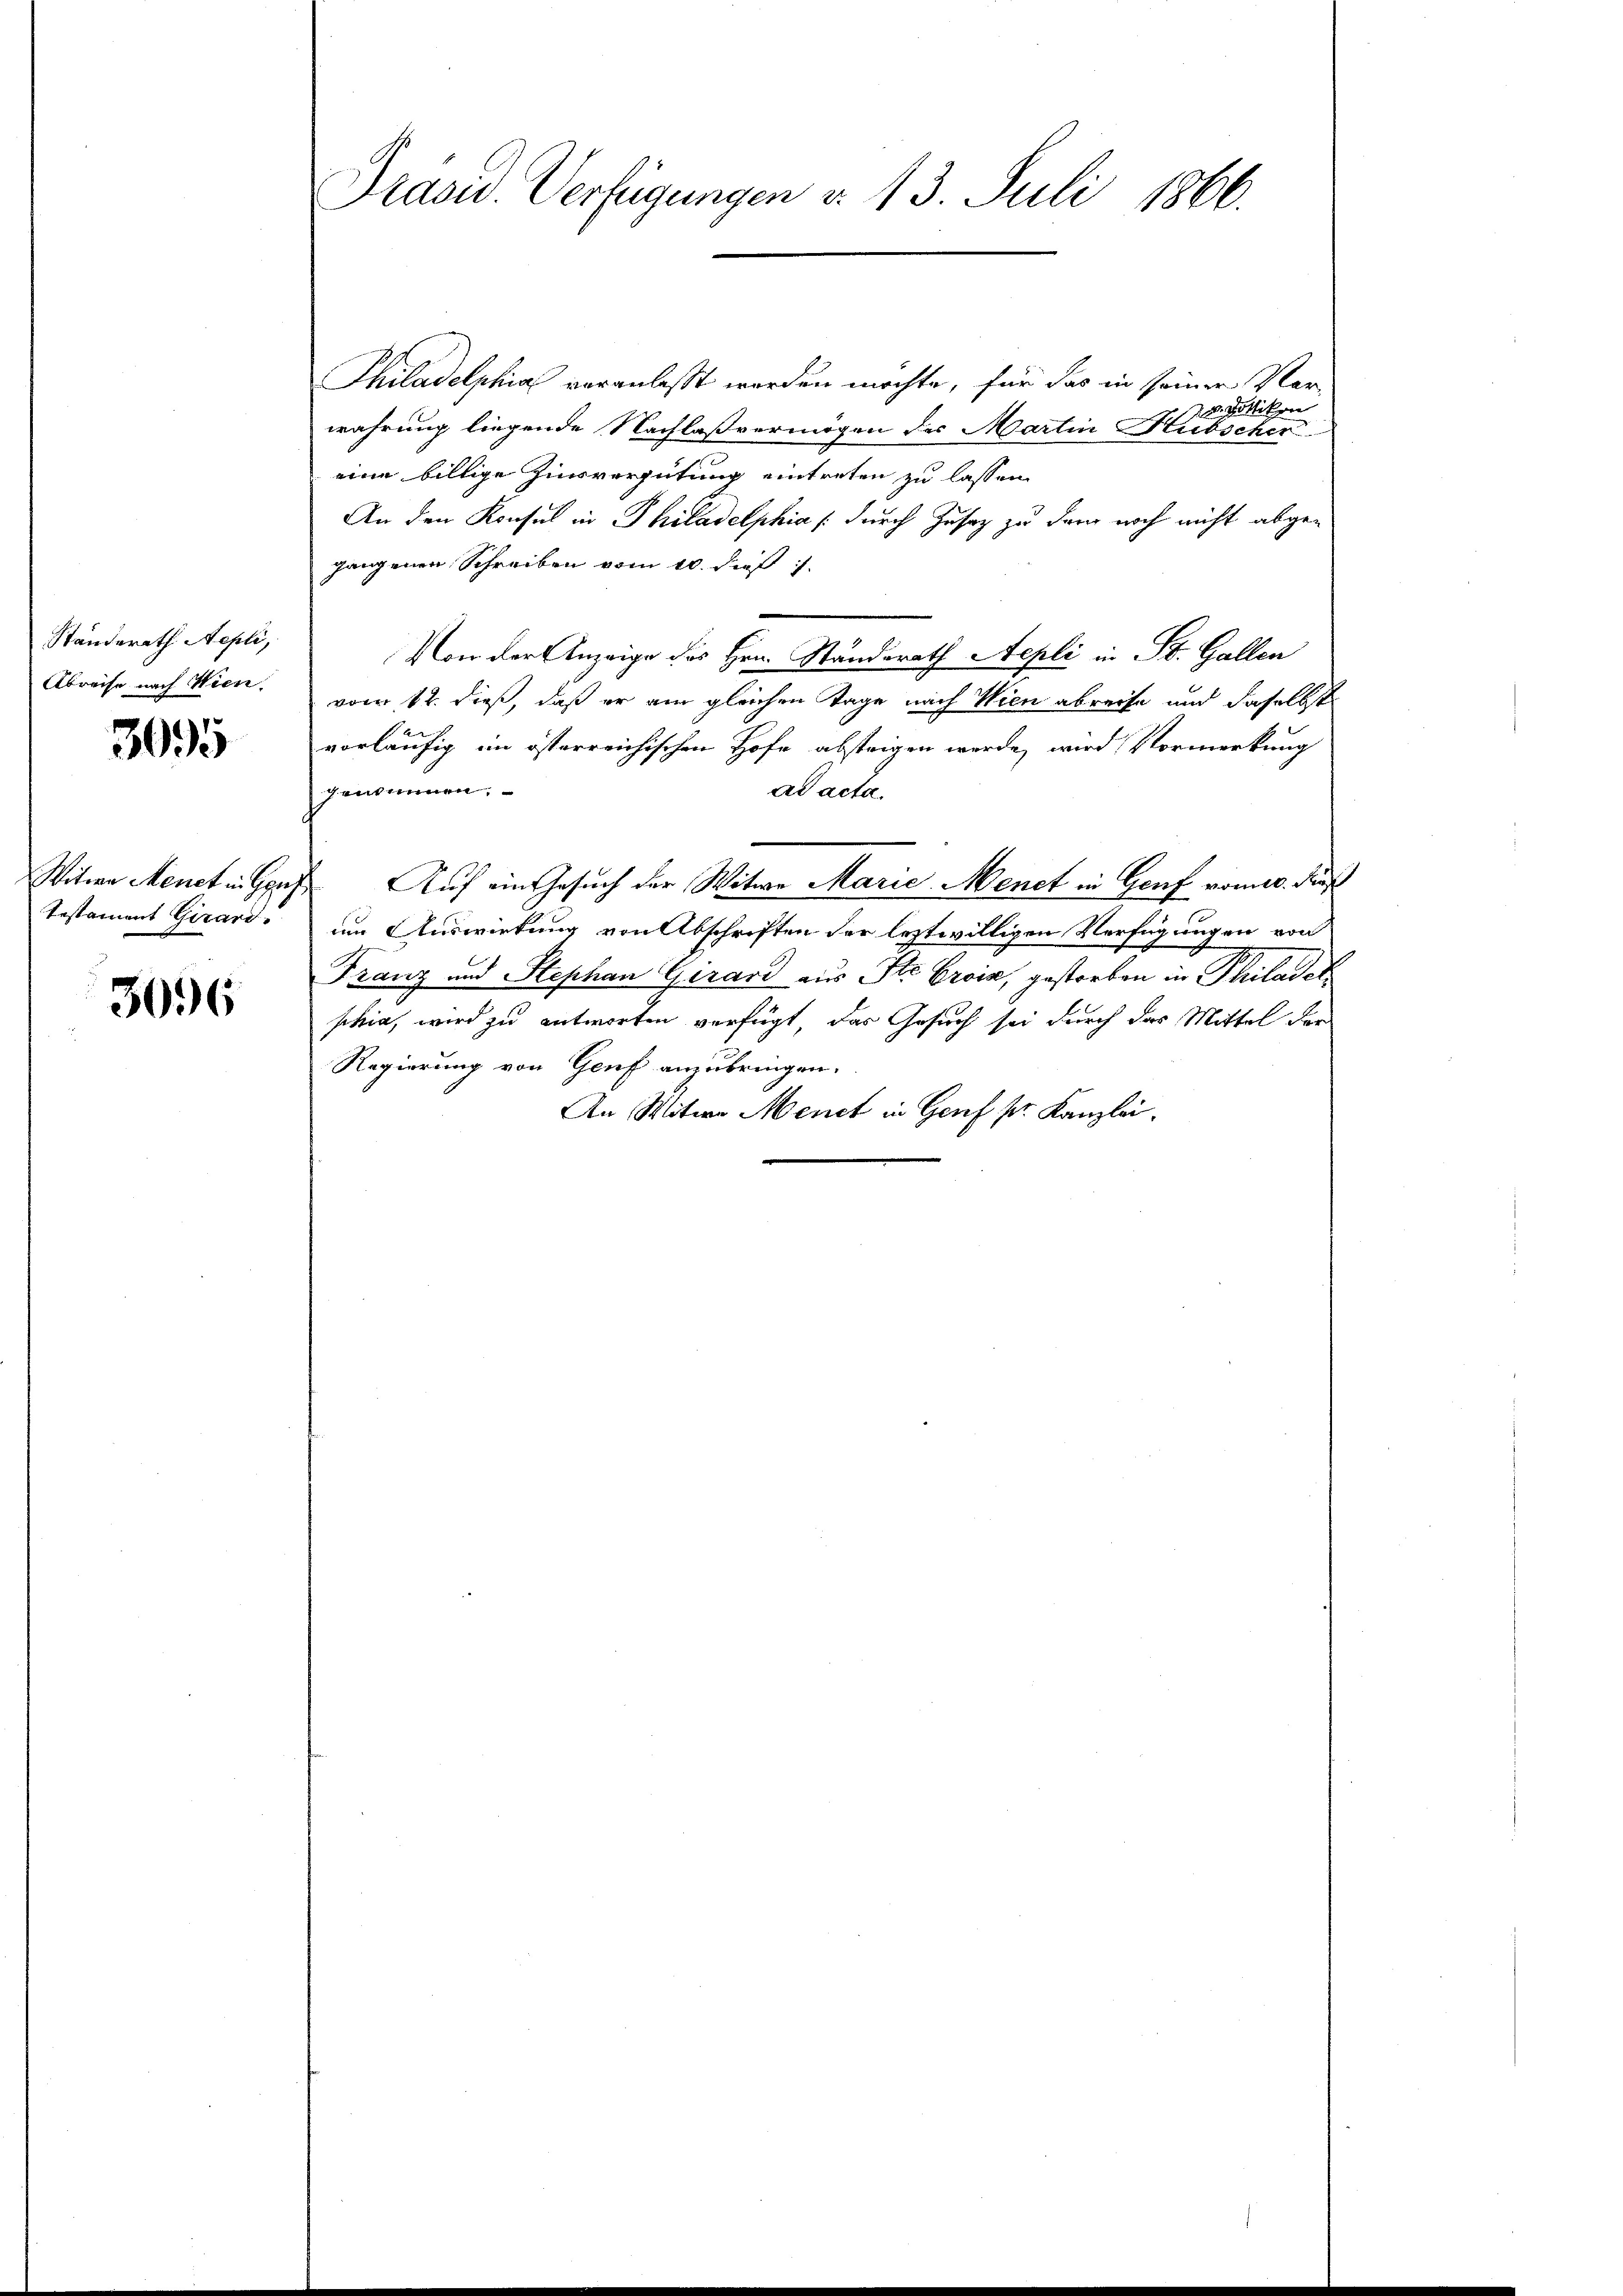
Ständerath Aepli,
Abreise nach Wien.

3095

Testament Girard.

3096

Philadelphia veranlaßt worden möchte, für das in seiner Ver¬
8. Pottikon
wahrung liegende Nachlaßvermögen der Martin Hubscher
eine billige Zinsvergütung eintreten zu lassen
An den Konsul in Philadelphia (durch Zusaz zu dem noch nicht abge-
gangenen Schreiben vom 10. dieß
Von der Anzeige des Hrn. Standerath Aepli in St. Gallen
vom 12. dieß, daß er am gleichen Tage nach Wien abreife und daselbst
vorläufig im österreichischen Hofe absteigen werde, wird Vormerkung
gentunnen,
ad acta.
Witwe Menet in Gouf Auf ein Gesuch der Witwe Marie Menet in Genf vom 10. Fuß
im Auswirkung von Abschriften der leztwilligen Verfügungen von
Franz und Stephan Girard aus Str. Orvia, gestorben in Philadet
shia, wird zu antworten verfügt, das Gesuch sei durch das Mittel der
Regierung von Genf anzubringen.
An Witwe Menct in Genf pr. Kanzlei.

Präsid. Verfügungen d. 13. Juli 1866.